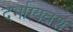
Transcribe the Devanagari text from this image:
दर्भाग्यवश